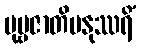
ပုဗ္ဗဇာတိမနုဿရိံ